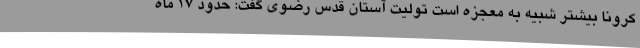
کرونا بیشتر شبیه به معجزه است تولیت آستان قدس رضوی گفت: حدود ۱۷ ماه